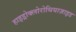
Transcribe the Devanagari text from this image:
हाइड्रोक्लोरोथियाज़ाइड